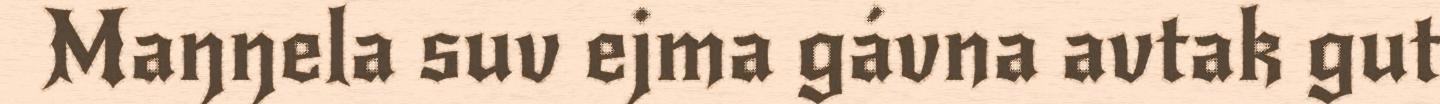
Maŋŋela suv ejma gávna avtak gut